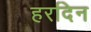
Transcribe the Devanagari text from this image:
हरदिन